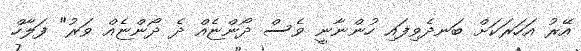
އޭރު އަހަރަކަށް ބަނދެވިފައި ހުންނާނީ ވެސް ދޯންޏެއް ދެ ދޯންޏެއް ވަރު" ފަލާހް